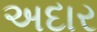
અદાર